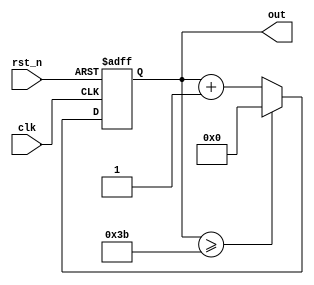
module cnt6( 	out,
		clk,
		rst_n);

output [5:0] 	out ;
input 		clk ;
input 		rst_n ;

reg [5:0]	 out ;

always @(posedge clk or negedge rst_n) begin
	if(rst_n == 1'b0) begin
		out <= 6'd0;
	end else begin
		if(out >= 6'd59) begin
			out <= 6'd0;
		end else begin
		out <= out + 1'b1;
		end
	end
end

endmodule